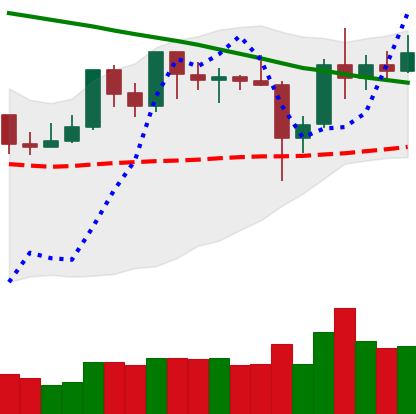
Ticker: XRP-USD
Chart end date: 2019-10-29
Forward return: -3.542%
Label: down_3_5